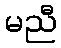
မညီ